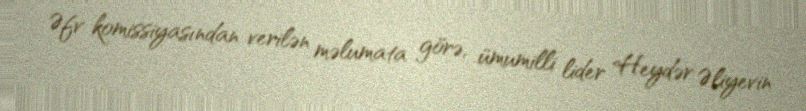
Əfv komissiyasından verilən məlumata görə, ümumilli lider Heydər Əliyevin